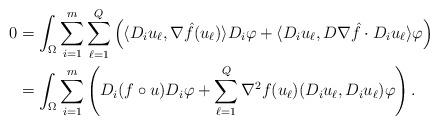
LaTeX: \begin{align*} 0& = \int_\Omega \sum_{i=1}^{m} \sum_{\ell=1}^Q \left( \langle D_iu_\ell , \nabla \hat{f}(u_\ell) \rangle D_i \varphi + \langle D_i u_\ell, D \nabla \hat{f} \cdot D_i u_\ell \rangle \varphi \right) \\&= \int_\Omega \sum_{i=1}^{m} \left( D_i (f \circ u) D_i \varphi + \sum_{\ell=1}^Q \nabla^2f(u_\ell)(D_iu_\ell, D_iu_\ell) \varphi \right).\end{align*}